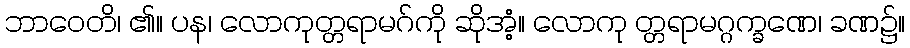
ဘာဝေတိ၊ ၏။ ပန၊ လောကုတ္တရာမဂ်ကို ဆိုအံ့။ လောကု တ္တရာမဂ္ဂက္ခဏေ၊ ခဏ၌။